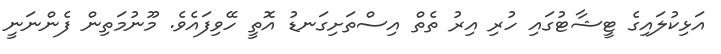
އަޅިކުލައިގެ ޓީޝާޓުގައި ހުރި އިރު ތެތް އިސްތަށިގަނޑު އޮތީ ހޭވިފައެވެ. މޫނުމަތިން ފެންނަނީ